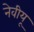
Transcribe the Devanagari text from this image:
नेवीयू